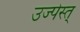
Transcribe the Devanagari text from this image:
उज्पेस्त्